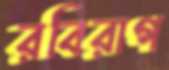
রবিরাগ